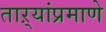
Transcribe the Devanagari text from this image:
ताऱ्यांप्रमाणे